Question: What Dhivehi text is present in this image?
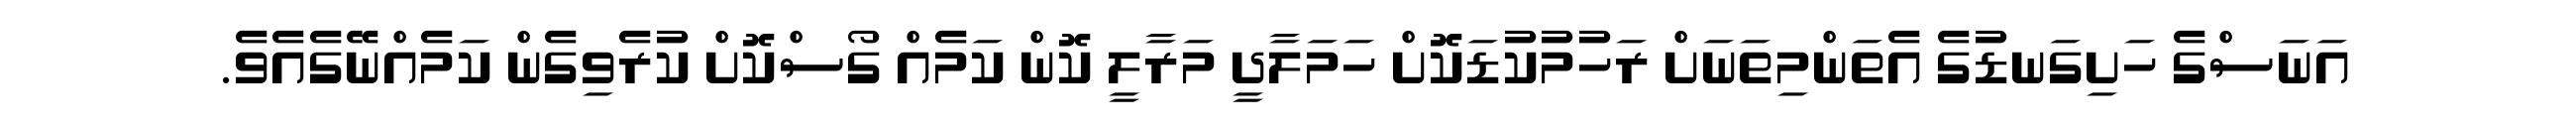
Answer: އަނަސްގެ ހަށިގަނޑުގެ އެތަންމިތަނަށް ރަހުމުކުޑަކޮށް ހަމަލާދީ މަރާލީ ކޮން ކަމެއް ގޯސްކޮށް ކުރެވިގެން ކަމެއްނޭގެއެވެ.